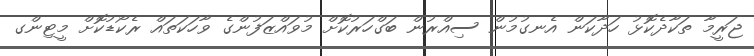
ޖަރީމާ ތަކާދެކޮޅު ހަދާކަން އެނގުމުން ސިއްރުން ބަގްހަރުކޮށް މުވައްޒަފުންގެ ވާހަކަތައް ރެކޯޑުކޮށް މީޓިންގ